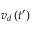
v _ { d } \left( t ^ { \prime } \right)